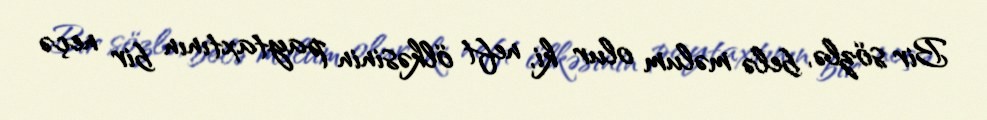
Bir sözlə, belə məlum olur ki, neft ölkəsinin paytaxtının bir neçə